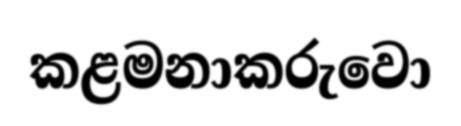
කළමනාකරුවො